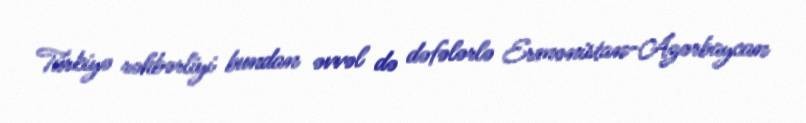
Türkiyə rəhbərliyi bundan əvvəl də dəfələrlə Ermənistan-Azərbaycan